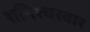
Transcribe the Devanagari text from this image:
शनिश्चरवार